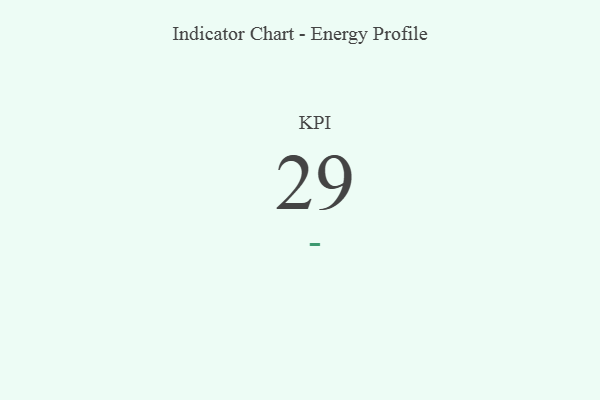
{"axis": {"x": "KPI", "y": "Value"}, "legend": [""], "data": [{"x": "KPI", "y": 29, "type": ""}]}